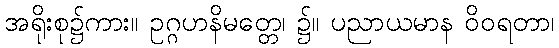
အရိုးစု၌ကား။ ဥဂ္ဂဟနိမတ္တေ၊ ၌။ ပညာယမာန ဝိဝရတာ၊